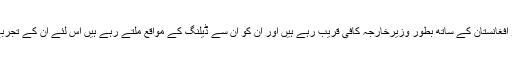
وزیرخارجہ شاہ محمود قریشی چونکہ دوسروں کے برعکس ماضی میں امریکہ نیٹو اور افغانستان کے ساتھ بطور وزیرخارجہ کافی قریب رہے ہیں اور ان کو ان سے ڈیلنگ کے مواقع ملتے رہے ہیں اس لئے ان کے تجربے اور مہارت کو حکمرانوں کے علاوہ تجزیہ کار بھی بہت سود مند قرار دے رہے ہیں۔